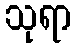
သုရာ